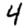
Digit: 4